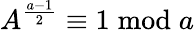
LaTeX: A^{\frac{a-1}{2}}\equiv 1{\bmod{a}}